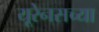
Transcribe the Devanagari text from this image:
यूरेनसच्या